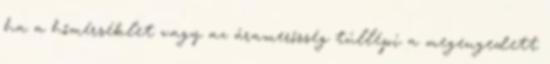
ha a hőmérséklet vagy az áramerősség túllépi a megengedett